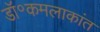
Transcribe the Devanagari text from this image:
डॉ॰कमलाकांत